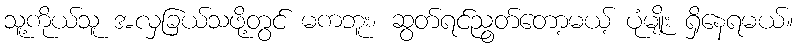
သူ့ကိုယ်သူ အလှခြယ်သဖို့တွင် မကဘူး၊ ဆွတ်ရင်ညွတ်တော့မယ့် ပုံမျိုး ရှိနေရမယ်။